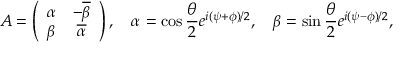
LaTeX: A = \left( \begin{array} { c c } { { \alpha } } & { { - \overline { { { \beta } } } } } \\ { { \beta } } & { { \overline { { { \alpha } } } } } \end{array} \right) , \quad \alpha = \cos { \frac { \theta } { 2 } } e ^ { i ( \psi + \phi ) / 2 } , \quad \beta = \sin { \frac { \theta } { 2 } } e ^ { i ( \psi - \phi ) / 2 } ,